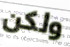
ولكن